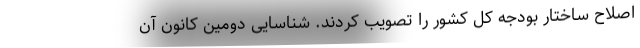
اصلاح ساختار بودجه کل کشور را تصویب کردند. شناسایی دومین کانون آن